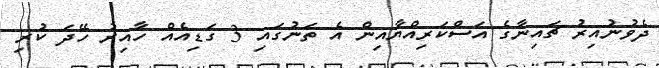
ދެވުނުއިރު ޗައިނާގެ އަސްކަރިއްޔާއިން އެ ތަނުގައި 3 ގަޑިއެއް ހާއިރު ހޭދަ ކުރި